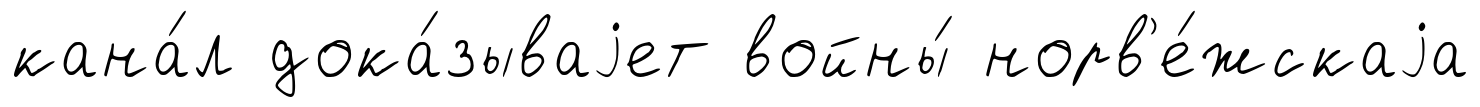
кана́л дока́зываjет войны́ норв'е́жскаjа